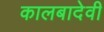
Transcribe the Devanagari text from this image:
कालबादेवी